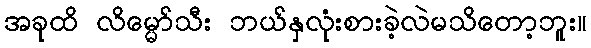
အခုထိ လိမ္မော်သီး ဘယ်နှလုံးစားခဲ့လဲမသိတော့ဘူး။